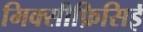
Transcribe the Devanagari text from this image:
मिक्सीफ़िसिई